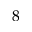
8